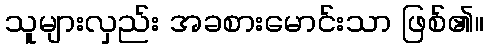
သူများလှည်း အခစားမောင်းသာ ဖြစ်၏။